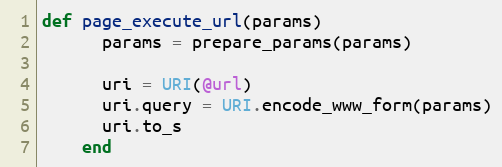
Language: Ruby
def page_execute_url(params)
      params = prepare_params(params)

      uri = URI(@url)
      uri.query = URI.encode_www_form(params)
      uri.to_s
    end